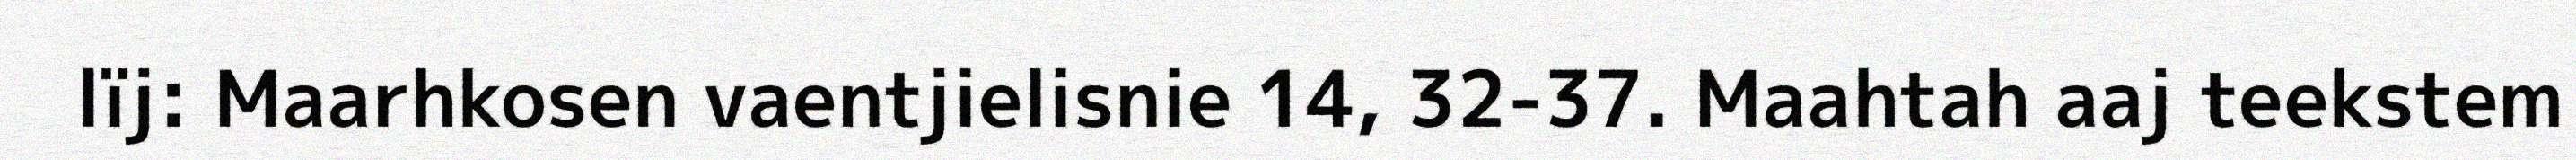
lïj: Maarhkosen vaentjielisnie 14, 32-37. Maahtah aaj teekstem